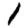
Digit: 1